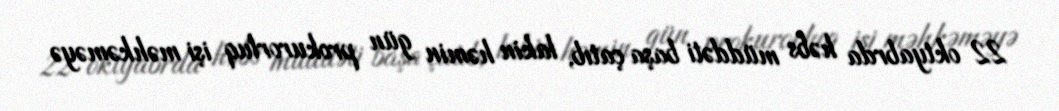
22 oktyabrda həbs müddəti başa çatıb, lakin həmin gün prokurorluq işi məhkəməyə